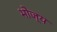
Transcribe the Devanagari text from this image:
भोज्‍य